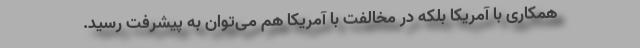
همکاری با آمریکا بلکه در مخالفت با آمریکا هم می‌توان به پیشرفت رسید.